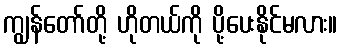
ကျွန်တော်တို့ ဟိုတယ်ကို ပို့ပေးနိုင်မလား။